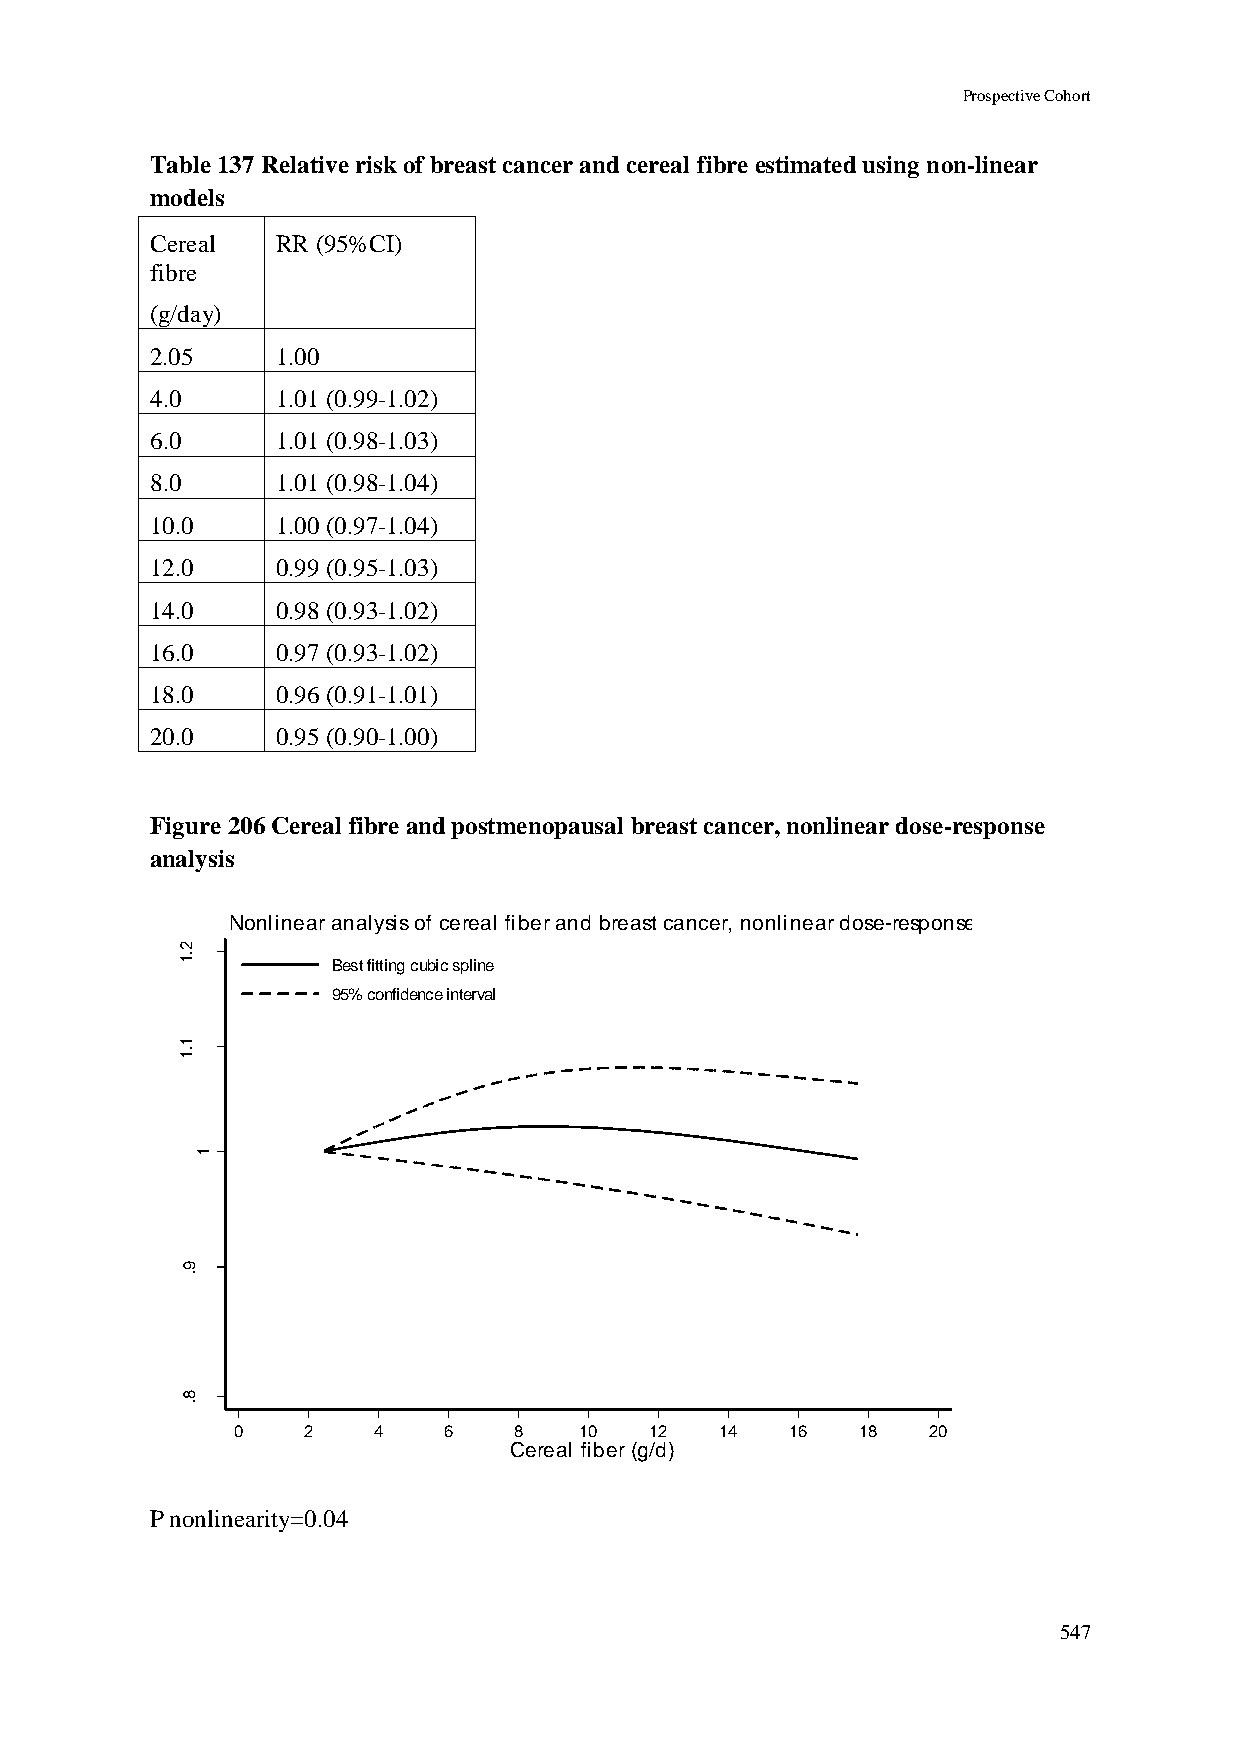
Prospective Cohort
 Table 137 Relative risk of breast cancer and cereal fibre estimated using non-linear
 models
 Cereal  RR (95%CI)
 fibre
 (g/day)
 2.05    1.00
 4.0     1.01 (0.99-1.02)
 6.0     1.01 (0.98-1.03)
 8.0     1.01 (0.98-1.04)
 10.0    1.00 (0.97-1.04)
 12.0    0.99 (0.95-1.03)
 14.0    0.98 (0.93-1.02)
 16.0    0.97 (0.93-1.02)
 18.0    0.96 (0.91-1.01)
 20.0    0.95 (0.90-1.00)
 Figure 206 Cereal fibre and postmenopausal breast cancer, nonlinear dose-response
 analysis
 Nonlinear analysis of cereal fiber and breast cancer, nonlinear dose-response
 2
 .1
 Best fitting cubic spline
 95% confidence interval
 1
 .1
 R
 R
 d           1
 e
 t
 a
 m
 its
 E
 9
 .
 8
 .
 0    2    4   6    8   10   12   14  16   18   20
 Cereal fiber (g/d)
 P nonlinearity=0.04
 547